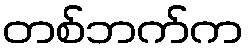
တစ်ဘက်က